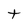
Character: t